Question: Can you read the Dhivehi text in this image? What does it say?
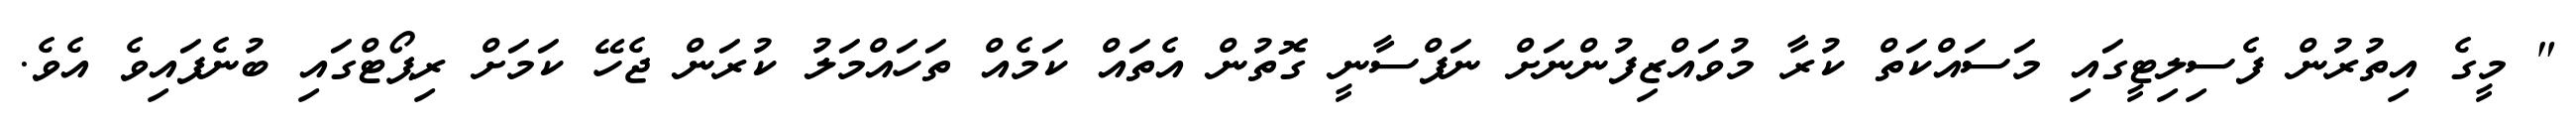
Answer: " މީގެ އިތުރުން ފެސިލިޓީގައި މަސައްކަތް ކުރާ މުވައްޒިފުންނަށް ނަފްސާނީ ގޮތުން އެތައް ކަމެއް ތަހައްމަލު ކުރަން ޖެހޭ ކަމަށް ރިޕޯޓްގައި ބުނެފައިވެ އެވެ.